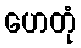
ဟေတုံ